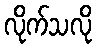
လိုက်သလို